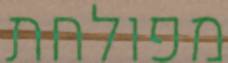
מפולחת